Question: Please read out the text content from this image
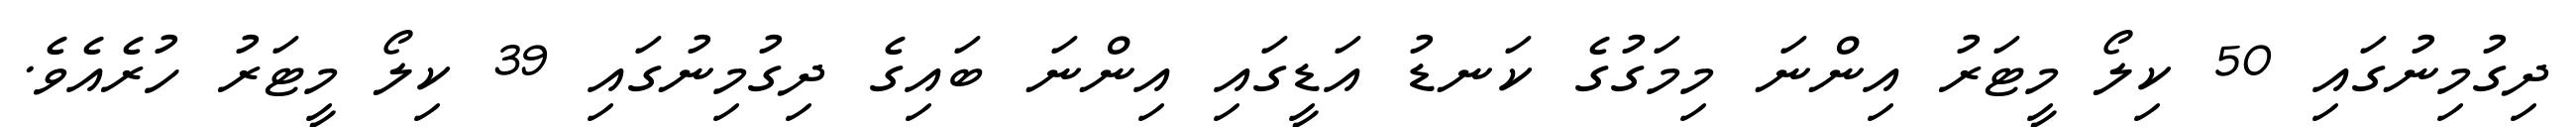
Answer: ދިގުމިނުގައި 50 ކިލޯ މީޓަރު އިންނަ މިމަގުގެ ކަނޑު އަޑީގައި އިންނަ ބައިގެ ދިގުމިނުގައި 39 ކިލޯ މީޓަރު ހުރެއެވެ.